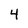
Character: 4